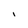
Character: I